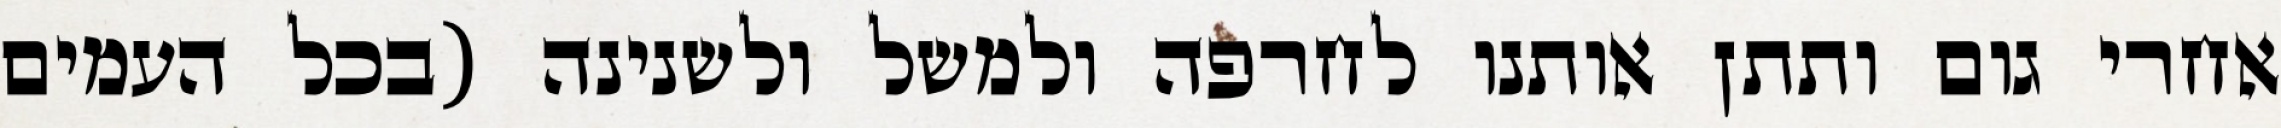
אחרי גום ותתן אותנו לחרפה ולמשל ולשנינה (בכל העמים